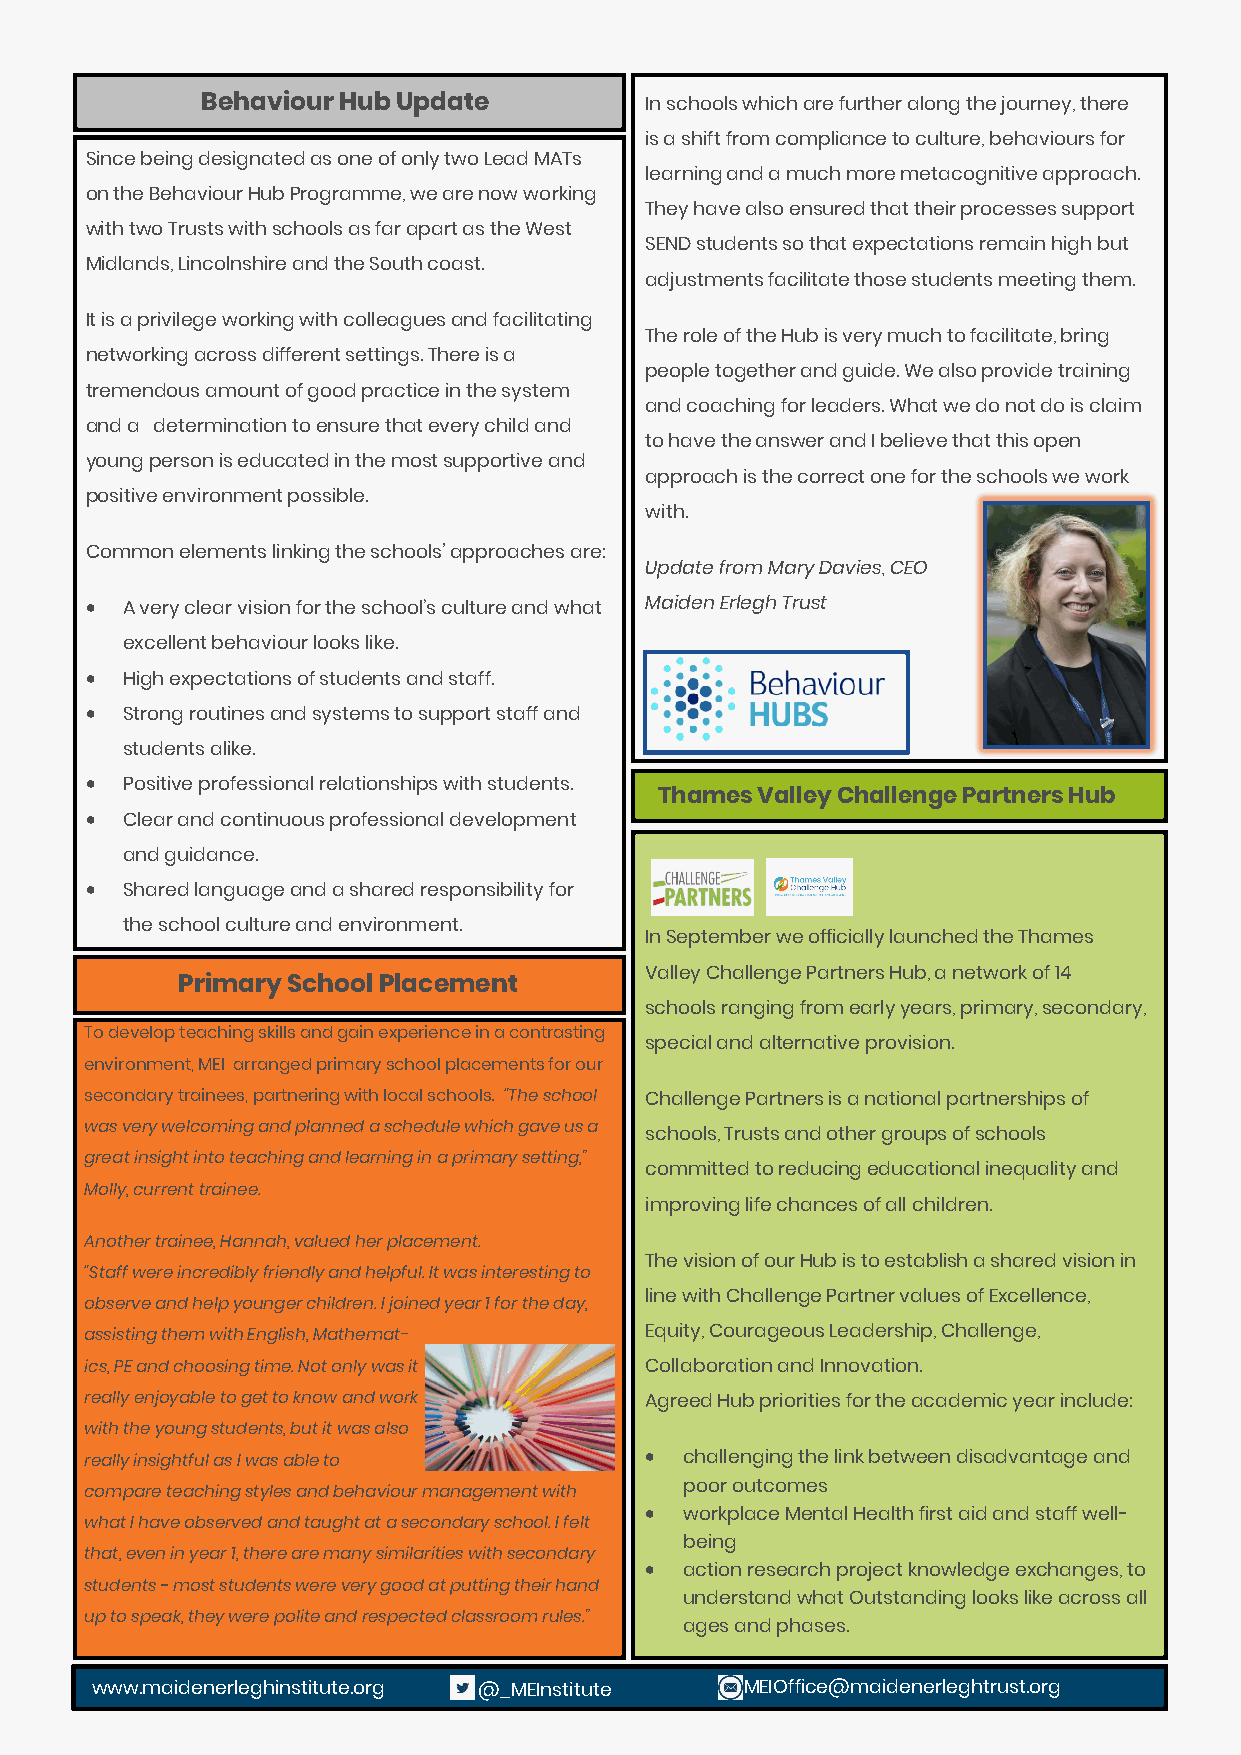
Behaviour Hub Update          In schools which are further along the journey, there
 is a shift from compliance to culture, behaviours for
 Since being designated as one of only two Lead MATs
 learning and a much more metacognitive approach.
 on the Behaviour Hub Programme, we are now working
 They have also ensured that their processes support
 with two Trusts with schools as far apart as the West
 SEND students so that expectations remain high but
 Midlands, Lincolnshire and the South coast.
 adjustments facilitate those students meeting them.
 It is a privilege working with colleagues and facilitating
 The role of the Hub is very much to facilitate, bring
 networking across different settings. There is a
 people together and guide. We also provide training
 tremendous amount of good practice in the system
 and coaching for leaders. What we do not do is claim
 and a determination to ensure that every child and
 to have the answer and I believe that this open
 young person is educated in the most supportive and
 approach is the correct one for the schools we work
 positive environment possible.
 with.
 Common elements linking the schools’ approaches are:
 Update from Mary Davies, CEO
 • A very clear vision for the school’s culture and what Maiden Erlegh Trust
 excellent behaviour looks like.
 • High expectations of students and staff.
 • Strong routines and systems to support staff and
 students alike.
 • Positive professional relationships with students.
 Thames Valley Challenge Partners Hub
 • Clear and continuous professional development
 and guidance.
 • Shared language and a shared responsibility for
 the school culture and environment.
 In September we officially launched the Thames
 Valley Challenge Partners Hub, a network of 14
 Primary School Placement
 schools ranging from early years, primary, secondary,
 To develop teaching skills and gain experience in a contrasting
 special and alternative provision.
 environment, MEI arranged primary school placements for our
 secondary trainees, partnering with local schools. “The school Challenge Partners is a national partnerships of
 was very welcoming and planned a schedule which gave us a
 schools, Trusts and other groups of schools
 great insight into teaching and learning in a primary setting,”
 committed to reducing educational inequality and
 Molly, current trainee.
 improving life chances of all children.
 Another trainee, Hannah, valued her placement.
 The vision of our Hub is to establish a shared vision in
 “Staff were incredibly friendly and helpful. It was interesting to
 line with Challenge Partner values of Excellence,
 observe and help younger children. I joined year 1 for the day,
 assisting them with English, Mathemat- Equity, Courageous Leadership, Challenge,
 ics, PE and choosing time. Not only was it Collaboration and Innovation.
 really enjoyable to get to know and work Agreed Hub priorities for the academic year include:
 with the young students, but it was also
 really insightful as I was able to   • challenging the link between disadvantage and
 poor outcomes
 compare teaching styles and behaviour management with
 • workplace Mental Health first aid and staff well-
 what I have observed and taught at a secondary school. I felt
 being
 that, even in year 1, there are many similarities with secondary
 • action research project knowledge exchanges, to
 students - most students were very good at putting their hand
 understand what Outstanding looks like across all
 up to speak, they were polite and respected classroom rules.”
 ages and phases.
 www.maidenerleghinstitute.org @_MEInstitute MEIOffice@maidenerleghtrust.org